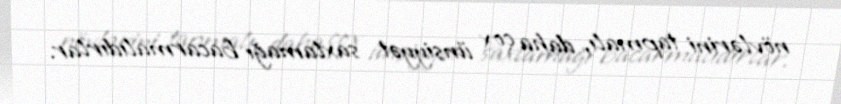
növlərini tapmalı, daha çox ünsiyyət saxlamağı bacarmalıdırlar.